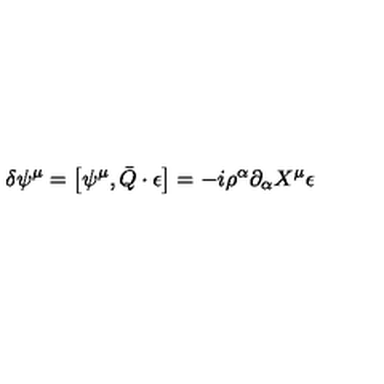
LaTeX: \delta \psi ^ { \mu } = \left[ \psi ^ { \mu } , \bar { Q } \cdot \epsilon \right] = - i \rho ^ { \alpha } \partial _ { \alpha } X ^ { \mu } \epsilon